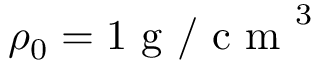
\rho _ { 0 } = 1 \mathrm { ~ g ~ / ~ c ~ m ~ } ^ { 3 }